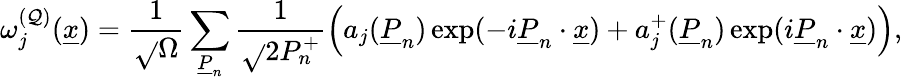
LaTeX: \omega_{j}^{({\cal\mathcal{Q}})}(\underline{{{{x}}}})=\frac{{1}}{{\sqrt{}{{\Omega}}}}\sum_{\underline{{{{P}}}}_{n}}\frac{{1}}{{\sqrt{}{{2P_{n}^{+}}}}}\left(a_{j}(\underline{{{{P}}}}_{n})\exp(-i\underline{{{{P}}}}_{n}\cdot\underline{{{{x}}}})+a_{j}^{+}(\underline{{{{P}}}}_{n})\exp(i\underline{{{{P}}}}_{n}\cdot\underline{{{{x}}}})\right),